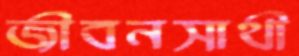
জীবনসাথী